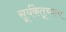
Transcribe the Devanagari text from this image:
सूर्यकेतूच्याच